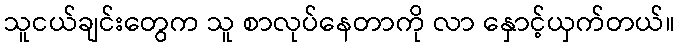
သူငယ်ချင်းတွေက သူ စာလုပ်နေတာကို လာ နှောင့်ယှက်တယ်။